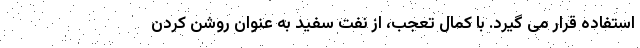
استفاده قرار می گیرد. با کمال تعجب، از نفت سفید به عنوان روشن کردن